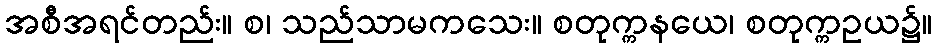
အစီအရင်တည်း။ စ၊ သည်သာမကသေး။ စတုက္ကနယေ၊ စတုက္ကဥယ၌။